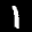
Label: 1